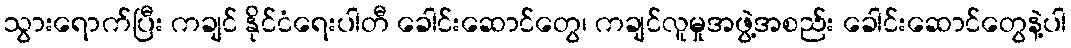
သွားရောက်ပြီး ကချင် နိုင်ငံရေးပါတီ ခေါင်းဆောင်တွေ၊ ကချင်လူမှုအဖွဲ့အစည်း ခေါင်းဆောင်တွေနဲ့ပါ